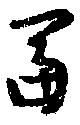
富